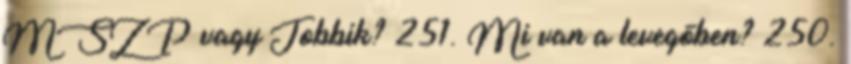
MSZP vagy Jobbik? 251. Mi van a levegőben? 250.